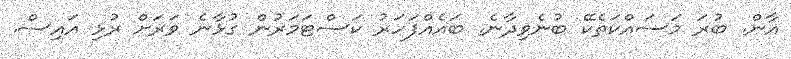
އާން. ބުރަ މަސައްކަތެކޭ ބުނެވިދާނެ. ބައެއްފަހަރު ކަސްޓަމަރުން ގުޅާނެ ވަރަށް ރުޅި އައިސް.